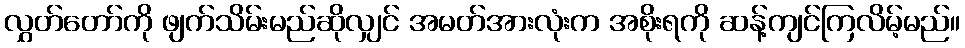
လွှတ်တော်ကို ဖျက်သိမ်းမည်ဆိုလျှင် အမတ်အားလုံးက အစိုးရကို ဆန့်ကျင်ကြလိမ့်မည်။